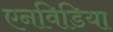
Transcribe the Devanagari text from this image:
एनविडिया